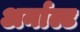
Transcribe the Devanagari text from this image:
अर्नाल्ट